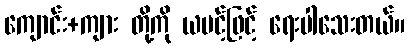
ကျောင်း+ကျား တို့ကို ယပင့်ဖြင့် ရေးပါသေးတယ်။